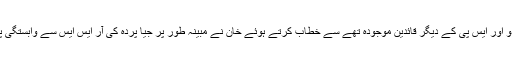
اتوار کے روز ایک ریالی جس کی شہہ نشین پر ایس پی سربراہ اکھیلیش یادو اور ایس پی کے دیگر قائدین موجودہ تھے سے خطاب کرتے ہوئے خان نے مبینہ طور پر جیا پردہ کی آر ایس ایس سے وابستگی پر ان کا نام لئے بغیر تبصرہ کیااور خانگی رنگ کی انڈ ر ویر کا تذکرہ کیا۔